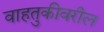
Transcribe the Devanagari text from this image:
वाहतुकीवरील